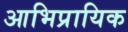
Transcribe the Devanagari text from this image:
आभिप्रायिक